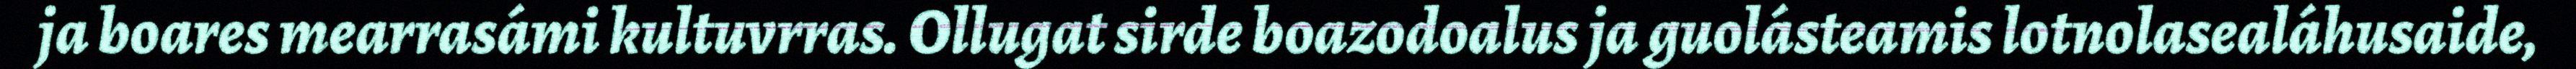
ja boares mearrasámi kultuvrras. Ollugat sirde boazodoalus ja guolásteamis lotnolasealáhusaide,